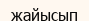
жайысып